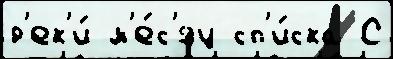
р'ек'и́ м'е́с'яц сп'и́ска С